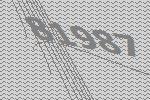
81987